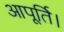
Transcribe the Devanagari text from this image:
आपूर्ति।